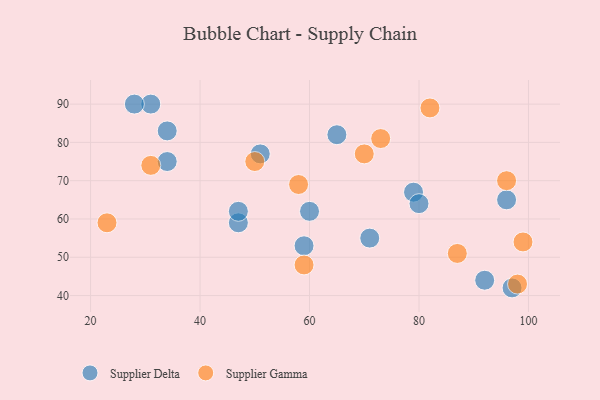
{"axis": {"x": "GDP", "y": "Life Expectancy"}, "legend": ["Supplier Delta", "Supplier Gamma"], "data": [{"x": "79", "y": 67, "type": "Supplier Delta"}, {"x": "34", "y": 83, "type": "Supplier Delta"}, {"x": "71", "y": 55, "type": "Supplier Delta"}, {"x": "60", "y": 62, "type": "Supplier Delta"}, {"x": "80", "y": 64, "type": "Supplier Delta"}, {"x": "31", "y": 90, "type": "Supplier Delta"}, {"x": "47", "y": 59, "type": "Supplier Delta"}, {"x": "65", "y": 82, "type": "Supplier Delta"}, {"x": "47", "y": 62, "type": "Supplier Delta"}, {"x": "96", "y": 65, "type": "Supplier Delta"}, {"x": "51", "y": 77, "type": "Supplier Delta"}, {"x": "28", "y": 90, "type": "Supplier Delta"}, {"x": "59", "y": 53, "type": "Supplier Delta"}, {"x": "92", "y": 44, "type": "Supplier Delta"}, {"x": "97", "y": 42, "type": "Supplier Delta"}, {"x": "34", "y": 75, "type": "Supplier Delta"}, {"x": "82", "y": 89, "type": "Supplier Gamma"}, {"x": "98", "y": 43, "type": "Supplier Gamma"}, {"x": "73", "y": 81, "type": "Supplier Gamma"}, {"x": "23", "y": 59, "type": "Supplier Gamma"}, {"x": "70", "y": 77, "type": "Supplier Gamma"}, {"x": "96", "y": 70, "type": "Supplier Gamma"}, {"x": "87", "y": 51, "type": "Supplier Gamma"}, {"x": "59", "y": 48, "type": "Supplier Gamma"}, {"x": "58", "y": 69, "type": "Supplier Gamma"}, {"x": "31", "y": 74, "type": "Supplier Gamma"}, {"x": "50", "y": 75, "type": "Supplier Gamma"}, {"x": "99", "y": 54, "type": "Supplier Gamma"}]}